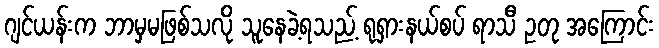
ဂျင်ယန်းက ဘာမှမဖြစ်သလို သူနေခဲ့ရသည့် ရုရှားနယ်စပ် ရာသီ ဥတု အကြောင်း